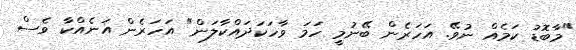
"މާބޮޑު ކަމެއް ނުވޭ. އަހަރެން ބޭނުމީ ހަމަ ވާހަކަދައްކާލަން" އަހަރެން އަނެއްކާ ވެސް